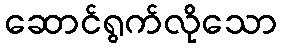
ဆောင်ရွက်လိုသော